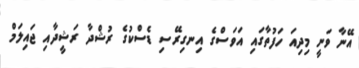
އޭނާ ވަނީ މިދިއަ ހަފުތާގައި އަވަސްގެ އިނގިރޭސި ޑެސްކުގެ ރުޝްދާ ރަޝީދާއި ޖައިލަމް